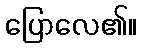
ပြောလေ၏။